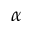
\alpha